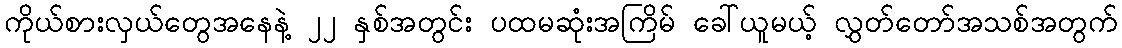
ကိုယ်စားလှယ်တွေအနေနဲ့ ၂၂ နှစ်အတွင်း ပထမဆုံးအကြိမ် ခေါ်ယူမယ့် လွှတ်တော်အသစ်အတွက်